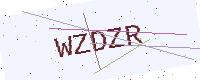
Text: WZDZR